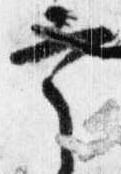
宰